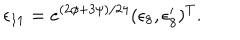
LaTeX: \epsilon _ { 1 1 } = e ^ { ( 2 \phi + 3 \psi ) / 2 4 } ( \epsilon _ { 8 } , \epsilon _ { 8 } ^ { \prime } ) ^ { T } .